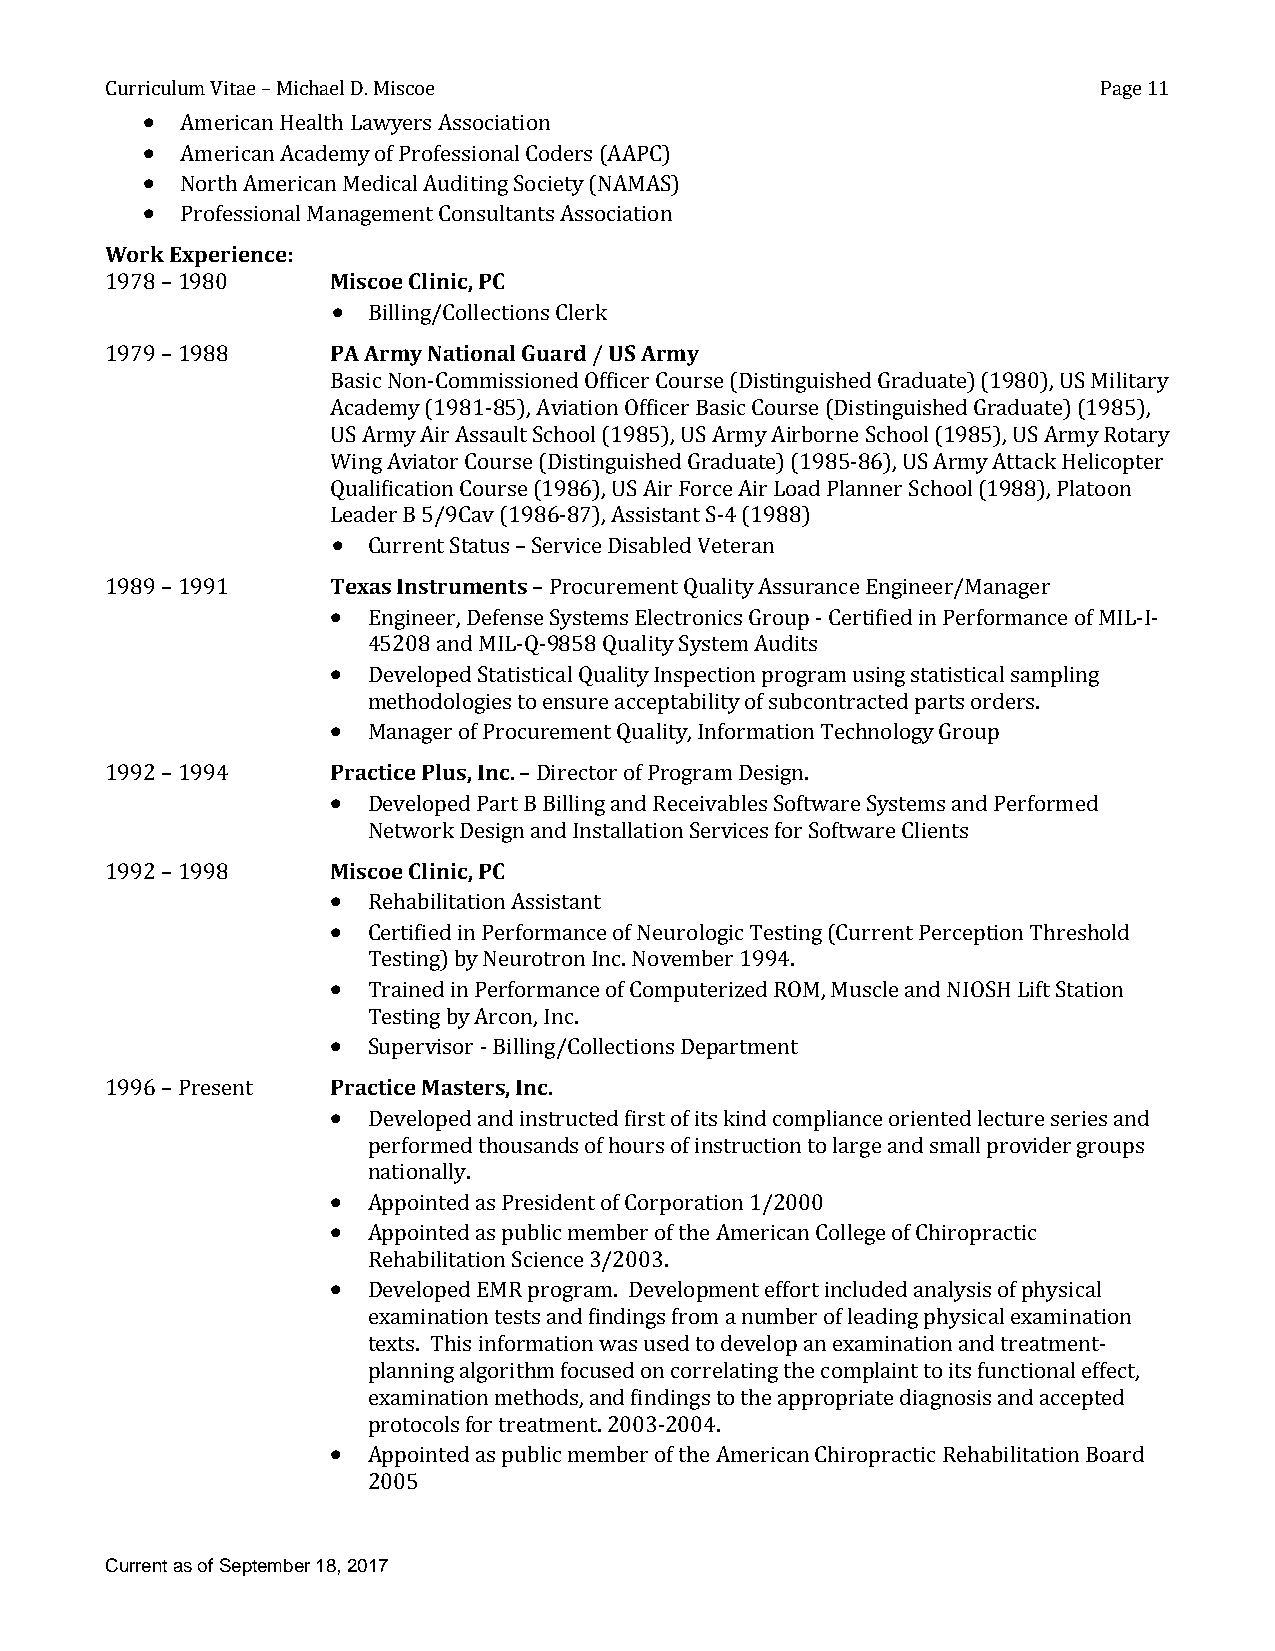
Curriculum Vitae – Michael D. Miscoe                              Page 11
 •  American Health Lawyers Association
 •  American Academy of Professional Coders (AAPC)
 •  North American Medical Auditing Society (NAMAS)
 •  Professional Management Consultants Association
 Work Experience:
 1978 – 1980    Miscoe Clinic, PC
 • Billing/Collections Clerk
 1979 – 1988    PA Army National Guard / US Army
 Basic Non-Commissioned Officer Course (Distinguished Graduate) (1980), US Military
 Academy (1981-85), Aviation Officer Basic Course (Distinguished Graduate) (1985),
 US Army Air Assault School (1985), US Army Airborne School (1985), US Army Rotary
 Wing Aviator Course (Distinguished Graduate) (1985-86), US Army Attack Helicopter
 Qualification Course (1986), US Air Force Air Load Planner School (1988), Platoon
 Leader B 5/9Cav (1986-87), Assistant S-4 (1988)
 • Current Status – Service Disabled Veteran
 1989 – 1991    Texas Instruments – Procurement Quality Assurance Engineer/Manager
 • Engineer, Defense Systems Electronics Group - Certified in Performance of MIL-I-
 45208 and MIL-Q-9858 Quality System Audits
 • Developed Statistical Quality Inspection program using statistical sampling
 methodologies to ensure acceptability of subcontracted parts orders.
 • Manager of Procurement Quality, Information Technology Group
 1992 – 1994    Practice Plus, Inc. – Director of Program Design.
 • Developed Part B Billing and Receivables Software Systems and Performed
 Network Design and Installation Services for Software Clients
 1992 – 1998    Miscoe Clinic, PC
 • Rehabilitation Assistant
 • Certified in Performance of Neurologic Testing (Current Perception Threshold
 Testing) by Neurotron Inc. November 1994.
 • Trained in Performance of Computerized ROM, Muscle and NIOSH Lift Station
 Testing by Arcon, Inc.
 • Supervisor - Billing/Collections Department
 1996 – Present Practice Masters, Inc.
 • Developed and instructed first of its kind compliance oriented lecture series and
 performed thousands of hours of instruction to large and small provider groups
 nationally.
 • Appointed as President of Corporation 1/2000
 • Appointed as public member of the American College of Chiropractic
 Rehabilitation Science 3/2003.
 • Developed EMR program. Development effort included analysis of physical
 examination tests and findings from a number of leading physical examination
 texts. This information was used to develop an examination and treatment-
 planning algorithm focused on correlating the complaint to its functional effect,
 examination methods, and findings to the appropriate diagnosis and accepted
 protocols for treatment. 2003-2004.
 • Appointed as public member of the American Chiropractic Rehabilitation Board
 2005
 Current as of September 18, 2017